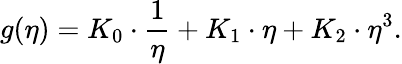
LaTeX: g(\eta)=K_{0}\cdot\frac{1}{\eta}+K_{1}\cdot\eta+K_{2}\cdot\eta^{3}.